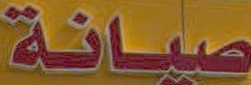
صيانة